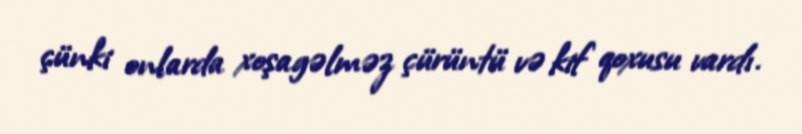
çünki onlarda xoşagəlməz çürüntü və kif qoxusu vardı.